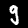
Label: 9